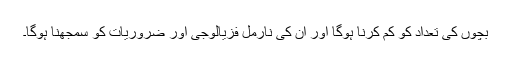
بچوں‌ کی تعداد کو کم کرنا ہوگا اور ان کی نارمل فزیالوجی اور ضروریات کو سمجھنا ہوگا۔